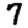
Digit: 7